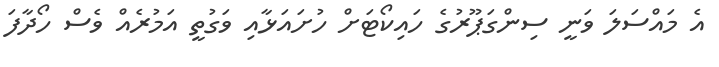
އެ މައްސަލަ ވަނީ ސިންގަޕޫރުގެ ހައިކޯޓަށް ހުށައަޅާއި ވަގުތީ އަމުރެއް ވެސް ހޯދާފަ